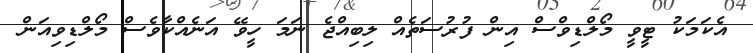
އެކަމަކު ޓީވީ މޯލްޑިވްސް އިން ފުރުސަތެއް ލިބިއްޖެ ނަމަ ހީވޭ އަނެއްކާވެސް މޯލްޑިވިއަން